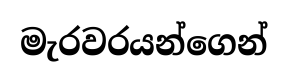
මැරවරයන්ගෙන්